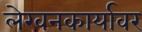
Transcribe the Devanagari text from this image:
लेखनकार्यावर